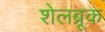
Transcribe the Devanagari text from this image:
शेलब्रूक